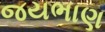
જયભાણ